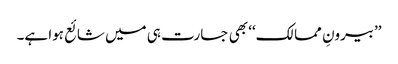
’’بیرونِ ممالک‘‘ بھی جسارت ہی میں شائع ہوا ہے۔